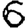
Digit: 6